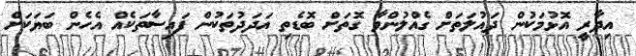
އިދާރީ އޮޅުމަކުން ދައުލަތަށް ގެއްލުންވާ ގޮތަށް ބޮޑެތި އަދަދުތަކުން ފައިސާތަކެއް އެހެން ބަޔަކަށް